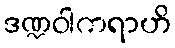
ဒဏ္ဍဝါကရာဟိ